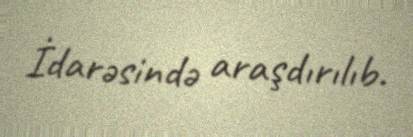
İdarəsində araşdırılıb.